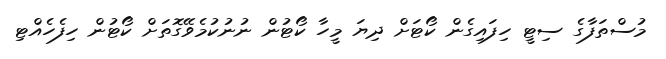
މުސްތަފާގެ ސިޓީ ހިފައިގެން ކޯޓަށް ދިޔަ މީހާ ކޯޓުން ނުނުކުމެވޭގޮތަށް ކޯޓުން ހިފެހެއްޓި